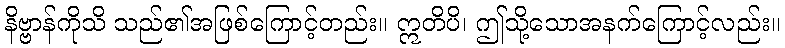
နိဗ္ဗာန်ကိုသိ သည်၏အဖြစ်ကြောင့်တည်း။ ဣတိပိ၊ ဤသို့သောအနက်ကြောင့်လည်း။